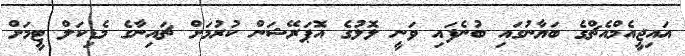
އައިޖީއެމްއެޗްގެ ބަޔާނުގައި ބުނެފައި ވަނީ ލޮލުގެ އޮޕަރޭޝަން ކުރުމަށް ޗައިނާގެ މެޑިކަލް ޓީމަށް